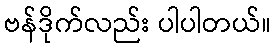
ဗန်ဒိုက်လည်း ပါပါတယ်။